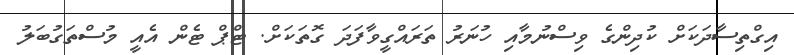
އިގްތިސާދަކަށް ކުދިންގެ ވިސްނުމާއި ހުނަރު ތަރައްގީވާފަދަ ގޮތަކަށް. ޓްޕް ޓެން އެއީ މުސްތަގުބަލު